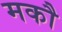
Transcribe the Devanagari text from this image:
मकौ